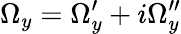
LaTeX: \Omega_{y}=\Omega_{y}^{\prime}+i\Omega_{y}^{\prime\prime}